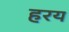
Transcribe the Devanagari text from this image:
हरय